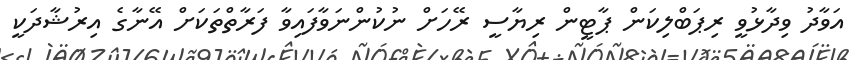
އަވާދު ވިދާޅުވީ ރިޕަބްލިކަން ޕާޓީން ރިޔާސީ ރޭހަށް ނުކުންނަވާފައިވާ ފަރާތްތަކަށް އޭނާގެ އިރުޝާދަކީ